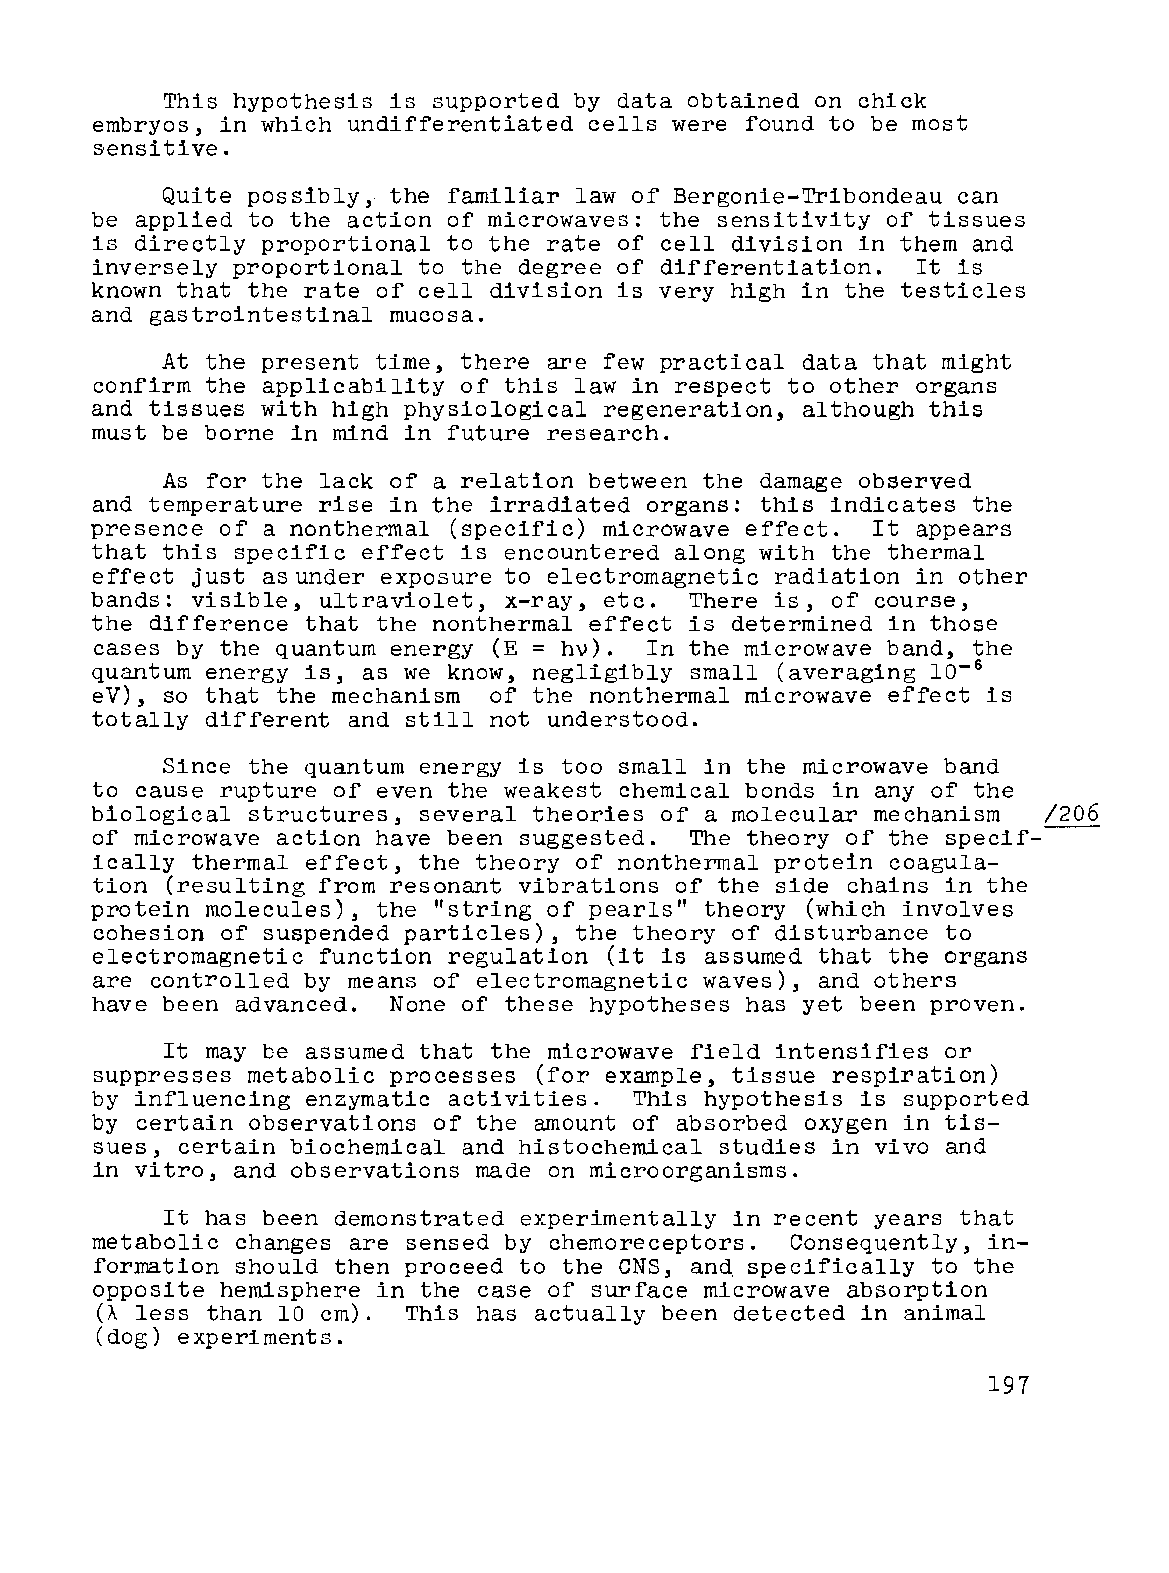
This hypothesis is supported by data obtained on chick
 embryos, in which undifferentiated cells were found to be most
 sensitive.
 Quite possibly, the familiar law of Bergonie-Tribondeau can
 be applied to the action of microwaves: the sensitivity of tissues
 is directly proportional to the rate of cell division in them and
 inversely proportional to the degree of differentiation. It is
 known that the rate of cell division is very high in the testicles
 and gastrointestinal mucosa.
 At the present time, there are few practical data that might
 confirm the applicability of this law in respect to other organs
 and tissues with high physiological regeneration, although this
 must be borne in mind in future research.
 As for the lack of a relation between the damage observed
 and temperature rise in the irradiated organs: this indicates the
 presence of a nonthermal (specific) microwave effect. It appears
 that this specific effect is encountered along with the thermal
 effect just asunder exposure to electromagnetic radiation in other
 bands: visible, ultraviolet, x-ray, etc. There is, of course,
 the difference that the nonthermal effect is determined in those
 cases by the quantum energy (E = hV). In the microwave band, the
 quantum energy is, as we know, negligibly small (averaging 10-6
 eV), so that the mechanism of the nonthermal microwave effect is
 totally different and still not understood.
 Since the quantum energy is too small in the microwave band
 to cause rupture of even the weakest chemical bonds in any of the
 biological structures, several theories of a molecular mechanism /206
 of microwave action have been suggested. The theory of the specif----
 ically thermal effect, the theory of nonthermal protein coagula-
 tion (resulting from resonant vibrations of the side chains in the
 protein molecules), the "string of pearls" theory (which involves
 cohesion of suspended particles), the theory of disturbance to
 electromagnetic function regulation (it is assumed that the organs
 are controlled by means of electromagnetic waves), and others
 have been advanced. None of these hypotheses has yet been proven.
 It may be assumed that the microwave field intensifies or
 suppresses metabolic processes (for example, tissue respiration)
 by influencing enzymatic activities. This hypothesis is supported
 by certain observations of the amount of absorbed oxygen in tis
 sues, certain biochemical and histochemical studies in vivo and
 in vitro, and observations made on microorganisms.
 It has been demonstrated experimentally in recent years that
 metabolic changes are sensed by chemoreceptors. Consequently, in
 formation should then proceed to the CNS, and. specifically to the
 opposite hemisphere in the case of surface microwave absorption
 (A less than 10 cm). This has actually been detected in animal
 (dog) experiments.
 197